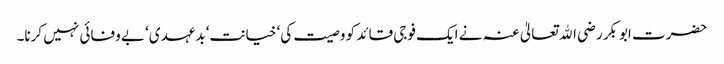
حضرت ابوبکر رضی اﷲ تعالیٰ عنہ نے ایک فوجی قائد کو وصیت کی‘ خیانت‘ بدعہدی‘ بے وفائی نہیں کرنا۔